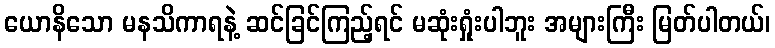
ယောနိသော မနသိကာရနဲ့ ဆင်ခြင်ကြည့်ရင် မဆုံးရှုံးပါဘူး အများကြီး မြတ်ပါတယ်၊